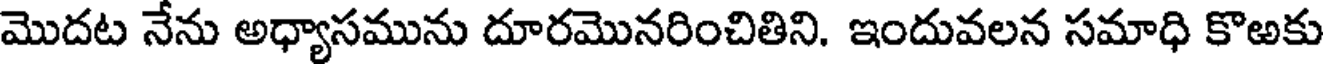
మొదట నేను అధ్యాసమును దూరమొనరించితిని. ఇందువలన సమాధి కొఱకు